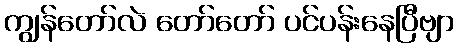
ကျွန်တော်လဲ တော်တော် ပင်ပန်းနေပြီဗျာ